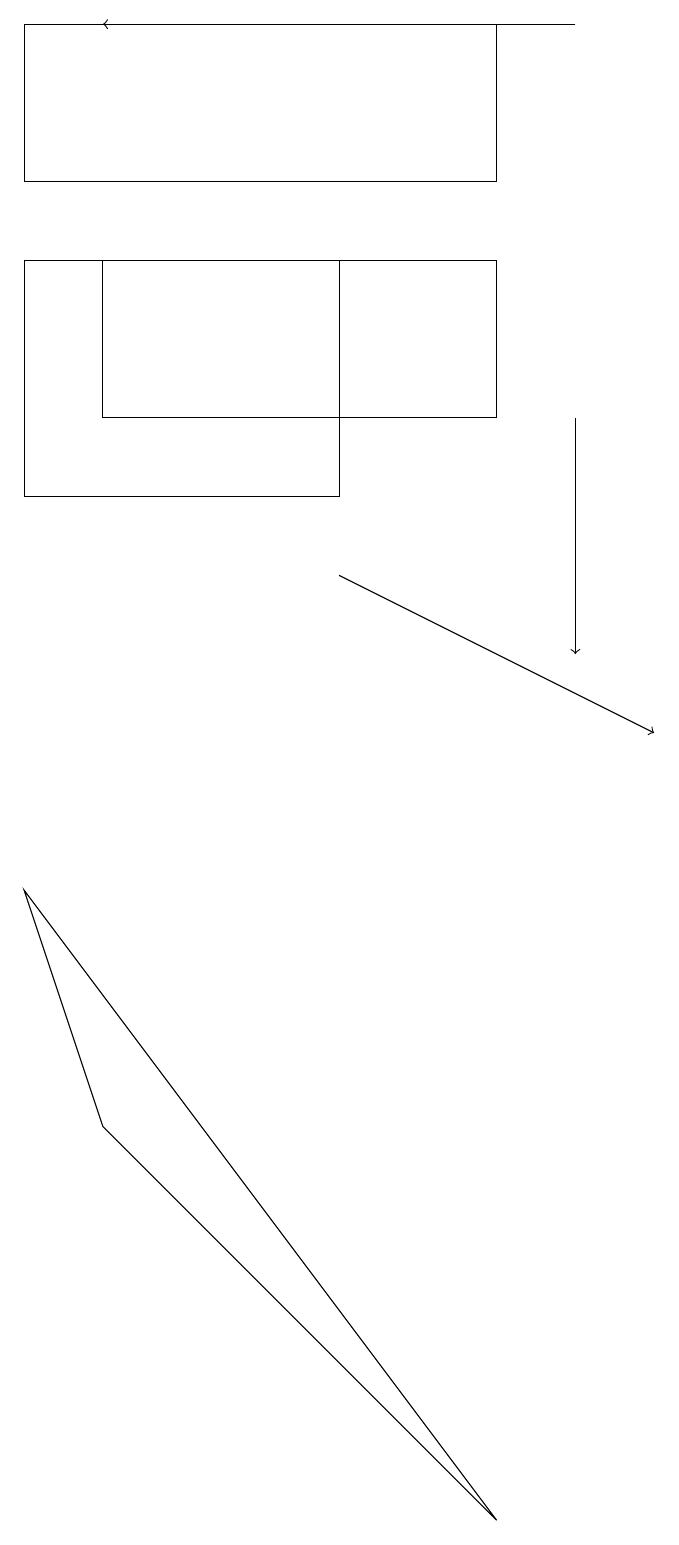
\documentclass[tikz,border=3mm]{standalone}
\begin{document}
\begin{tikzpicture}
\draw[->] (7,14) -- (7,11);
\draw (6,17) rectangle (0,19);
\draw (1,5) -- (0,8) -- (6,0) -- cycle;
\draw[->] (4,12) -- (8,10);
\draw (6,14) rectangle (1,16);
\draw[->] (7,19) -- (1,19);
\draw (0,13) rectangle (4,16);
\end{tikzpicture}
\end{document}